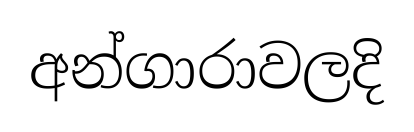
අන්ගාරාවලදි